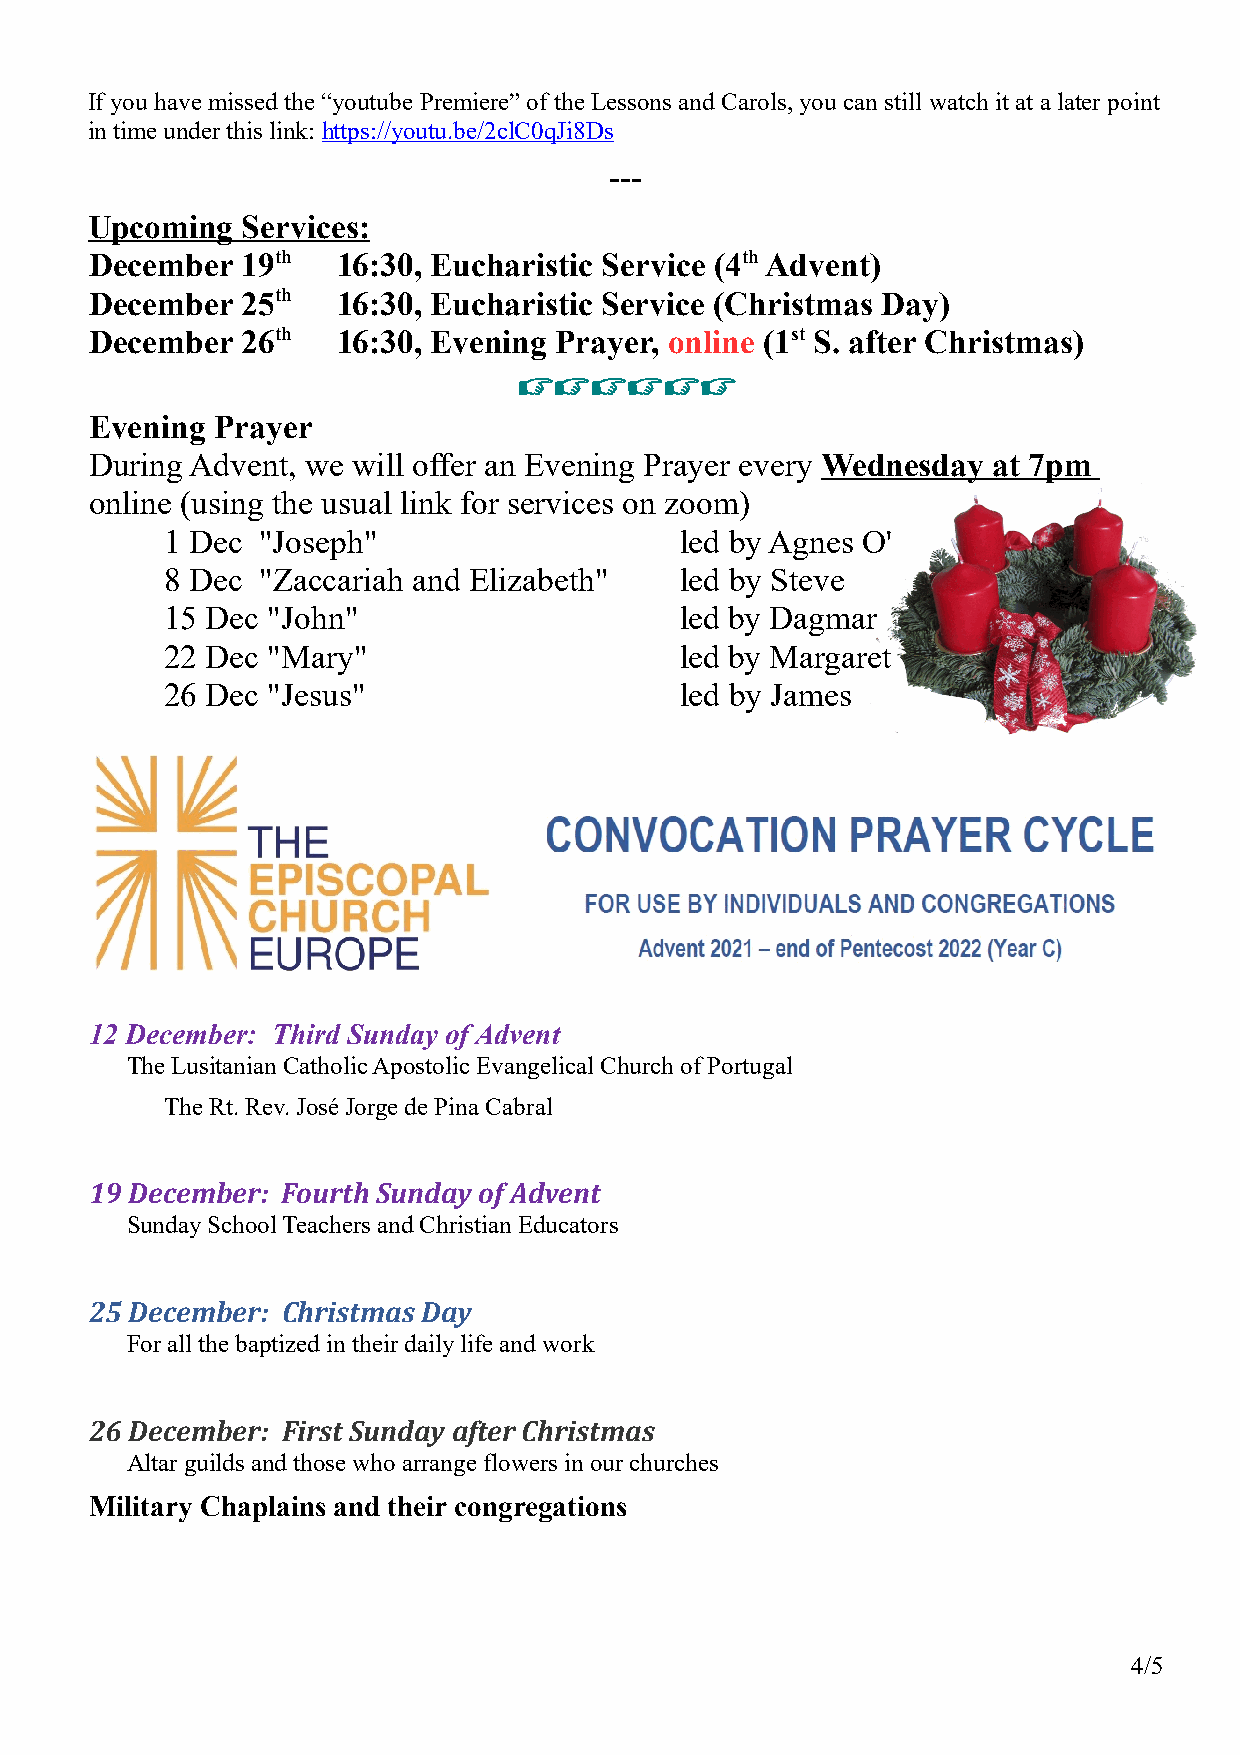
If you have missed the “youtube Premiere” of the Lessons and Carols, you can still watch it at a later point
 in time under this link: https://youtu.be/2clC0qJi8Ds
 ---
 Upcoming  Services:
 December  19th  16:30, Eucharistic Service (4th Advent)
 December  25th  16:30, Eucharistic Service (Christmas Day)
 December  26th  16:30, Evening Prayer, online (1st S. after Christmas)
 
 Evening Prayer
 During Advent, we will offer an Evening Prayer every Wednesday at 7pm
 online (using the usual link for services on zoom)
 1 Dec "Joseph"                    led by Agnes O'
 8 Dec "Zaccariah and Elizabeth"   led by Steve
 15 Dec "John"                     led by Dagmar
 22 Dec "Mary"                     led by Margaret
 26 Dec "Jesus"                    led by James
 12 December: Third Sunday of Advent
 The Lusitanian Catholic Apostolic Evangelical Church of Portugal
 The Rt. Rev. José Jorge de Pina Cabral
 19 December: Fourth Sunday of Advent
 Sunday School Teachers and Christian Educators
 25 December: Christmas Day
 For all the baptized in their daily life and work
 26 December: First Sunday after Christmas
 Altar guilds and those who arrange flowers in our churches
 Military Chaplains and their congregations
 4/5